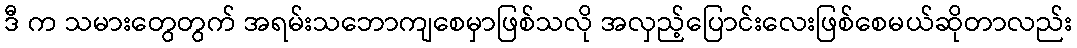
ဒီ က သမားတွေတွက် အရမ်းသဘောကျစေမှာဖြစ်သလို အလှည့်ပြောင်းလေးဖြစ်စေမယ်ဆိုတာလည်း